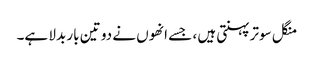
منگل سوتر پہنتی ہیں ، جسے انھوں نے دو تین بار بدلا ہے۔